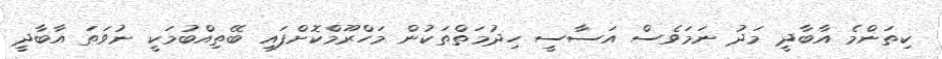
ކިތަންމެ އާބާދީ މަދު ނަމަވެސް އަސާސީ ހިދުމަތްތަކުން މަހްރޫމްކޮށްފައި ބޭތިއްބުމަކީ ނުވަތަ އާބާދީ